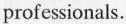
profesionals.